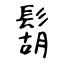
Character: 鬍